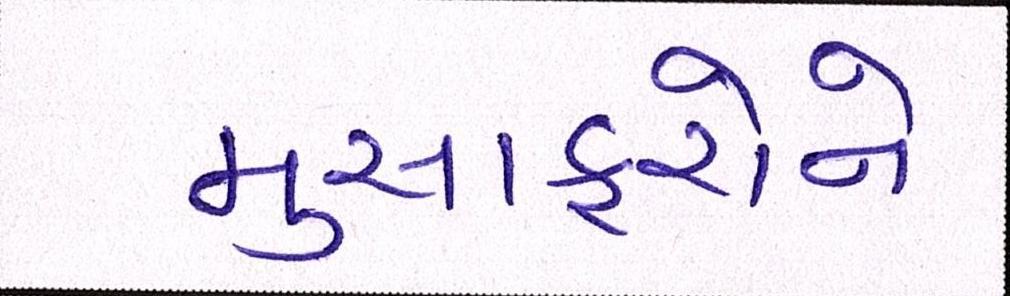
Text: મુસાફરોને